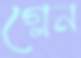
গ্লেন